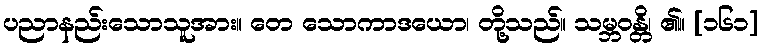
ပညာနည်းသောသူအား။ တေ သောကာဒယော၊ တို့သည်။ သမ္ဘဝန္တိ၊ ၏။ [၁၆၁]